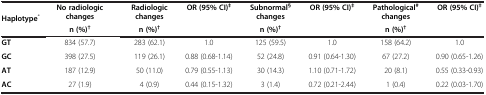
<table><thead><tr><td rowspan="2"><b>Haplotype<sup>*</sup></b></td><td><b>No radiologic changes</b></td><td><b>Radiologic changes</b></td><td><b>OR (95% CI)<sup>‡</sup></b></td><td><b>Subnormal<sup>§</sup> changes</b></td><td><b>OR (95% CI)<sup>‡</sup></b></td><td><b>Pathological<sup>#</sup> changes</b></td><td><b>OR (95% CI)<sup>‡</sup></b></td></tr><tr><td><b>n (%)<sup>†</sup></b></td><td><b>n (%)<sup>†</sup></b></td><td><b> </b></td><td><b>n (%)<sup>†</sup></b></td><td><b> </b></td><td><b>n (%)<sup>†</sup></b></td><td><b> </b></td></tr></thead><tbody><tr><td><b>GT</b></td><td>834 (57.7)</td><td>283 (62.1)</td><td>1.0</td><td>125 (59.5)</td><td>1.0</td><td>158 (64.2)</td><td>1.0</td></tr><tr><td><b>GC</b></td><td>398 (27.5)</td><td>119 (26.1)</td><td>0.88 (0.68-1.14)</td><td>52 (24.8)</td><td>0.91 (0.64-1.30)</td><td>67 (27.2)</td><td>0.90 (0.65-1.26)</td></tr><tr><td><b>AT</b></td><td>187 (12.9)</td><td>50 (11.0)</td><td>0.79 (0.55-1.13)</td><td>30 (14.3)</td><td>1.10 (0.71-1.72)</td><td>20 (8.1)</td><td>0.55 (0.33-0.93)</td></tr><tr><td><b>AC</b></td><td>27 (1.9)</td><td>4 (0.9)</td><td>0.44 (0.15-1.32)</td><td>3 (1.4)</td><td>0.72 (0.21-2.44)</td><td>1 (0.4)</td><td>0.22 (0.03-1.70)</td></tr></tbody></table>